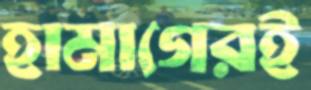
হামাগেরই